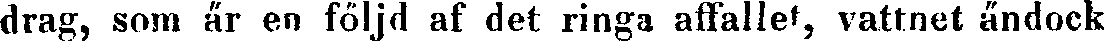
drag, som är en följd af det ringa affallet, vattnet ändock